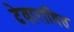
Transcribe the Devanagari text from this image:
देवाराधित